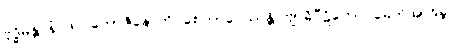
ဗုဒ္ဓိမန္တာနံ ဖလဘောဇိနောတိ စေတာပေဿန္တိ ဗျာဓိပီဠိတော မေတိအာဒိနာ